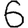
Digit: 6